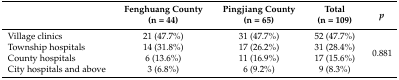
|  | Fenghuang County (n = 44) | Pingjiang County (n = 65) | Total (n = 109) | p |
 | --- | --- | --- | --- | --- |
 | Village clinics | 21 (47.7%) | 31 (47.7%) | 52 (47.7%) | <ROWSPAN=4> 0.881 |
 | Township hospitals | 14 (31.8%) | 17 (26.2%) | 31 (28.4%) |
 | County hospitals | 6 (13.6%) | 11 (16.9%) | 17 (15.6%) |
 | City hospitals and above | 3 (6.8%) | 6 (9.2%) | 9 (8.3%) |